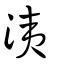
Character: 洟